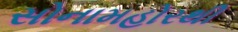
સોનામહોરથી